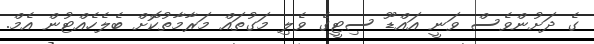
ގެ ދަށުންވެސް ވަނީ އައްޑޫ ސިޓީގެ ވެލި މަގުތައް މަރާމާތުކޮށް ބެލެހެއްޓުން އެމް.